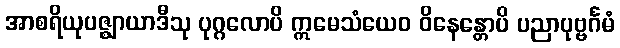
အာစရိယုပဇ္ဈာယာဒီသု ပုဂ္ဂလောပိ ဣမေသံယေဝ ဝိနေန္တောပိ ပညာပုဗ္ဗင်္ဂမံ